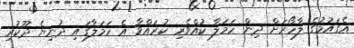
އެގައުމުގެ ލާހޯރަށް ދިން ހަމަލާ ކުއްވެރި ކުރައްވާ އެ ހަމަލާގައި ދުނިޔެ ދޫކުރި